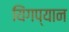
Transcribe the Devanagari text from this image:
यिंगप्यान